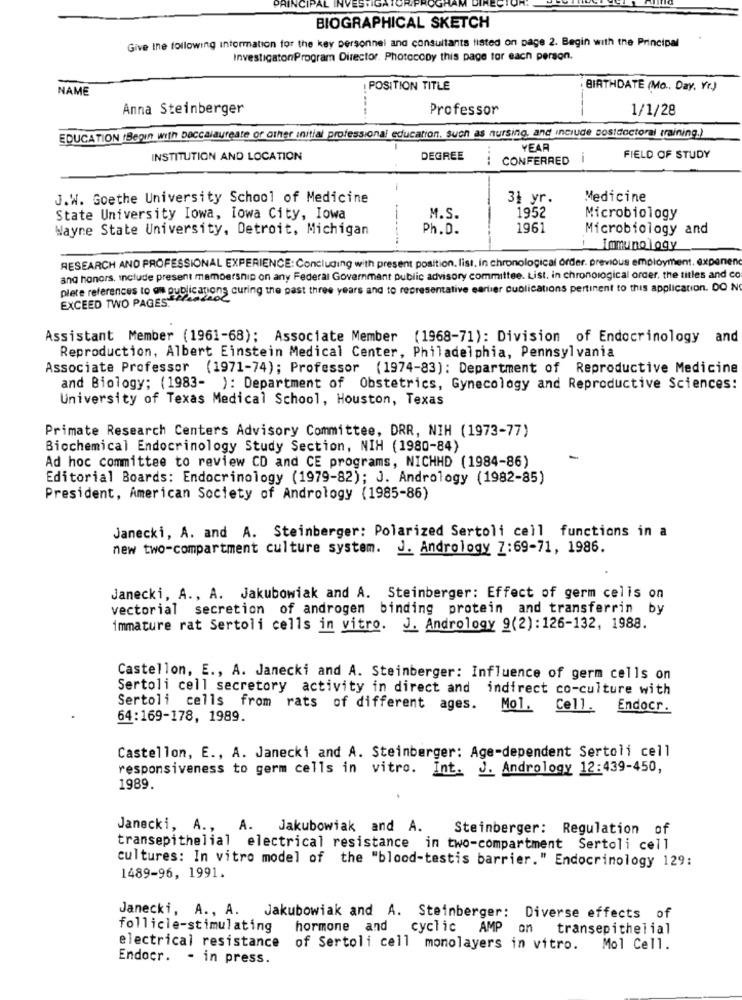
PRINCIPAL INVESTIG
BIOGRAPHICAL SKETCH
Give the following information for the key personnel and consultants listed on page 2. Begin with the Principal
InvestigationProgram Director. Photocopy this page for each person.
NAME
! POSITION TITLE
BIRTHDATE (Mo ., Day, Vr.)
Anna Steinberger
Professor
1/1/28
EDUCATION (Begin with baccalaureate or other initial professional education, such as nursing, and include postdoctoral training.)
YEAR
INSTITUTION AND LOCATION
DEGREE
CONFERRED
-
FIELD OF STUDY
J.W. Goethe University School of Medicine
31 yr.
Medicine
State University Iowa, Iowa City, Iowa
M.S.
1952
Microbiology
Wayne State University, Detroit, Michigan
Ph.D.
1961
Microbiology and
---.
: Immunology
RESEARCH AND PROFESSIONAL EXPERIENCE: Concluding with present position. list, in chronological order. previous employment. expenen
and honors, include present membership on any Federal Government public advisory committee. List. in chronological order, the titles and co
plete references to os publications curing the past three years and to representative earlier cuplications pertinent to this application. DO N
EXCEED TWO PAGES
Assistant Member (1961-68): Associate Member (1968-71): Division of Endocrinology and
Reproduction, Albert Einstein Medical Center, Philadelphia, Pennsylvania
Associate Professor (1971-74); Professor (1974-83): Department of Reproductive Medicine
and Biology; (1983- ): Department of Obstetrics, Gynecology and Reproductive Sciences:
University of Texas Medical School, Houston, Texas
Primate Research Centers Advisory Committee, DRR, NIH (1973-77)
Biochemical Endocrinology Study Section, NIH (1980-84)
Ad hoc committee to review CD and CE programs, NICHHD (1984-86)
Editorial Boards: Endocrinology (1979-82); J. Andrology (1982-85)
President, American Society of Andrology (1985-86)
Janecki, A. and A. Steinberger: Polarized Sertoli cell functions in a
new two-compartment culture system. J. Andrology 7:69-71, 1986.
Janecki, A ., A. Jakubowiak and A. Steinberger: Effect of germ celis on
vectorial secretion of androgen binding protein and transferrin by
immature rat Sertoli cells in vitro. J. Andrology 9(2):126-132, 1988.
Castellon, E ., A. Janecki and A. Steinberger: Influence of germ cells on
Sertoli cell secretory activity in direct and indirect co-culture with
Sertoli cells from rats of different ages. Mol. Cell.
Endocr.
64:169-178, 1989.
Castellon, E ., A. Janecki and A. Steinberger: Age-dependent Sertoli cell
responsiveness to germ cells in vitro. Int. J. Andrology 12:439-450,
1989.
Janecki, A ., A.
Jakubowiak and A.
Steinberger: Regulation of
transepithelial electrical resistance in two-compartment Sertoli cell
cultures: In vitro model of the "blood-testis barrier." Endocrinology 129:
1489-96, 1991.
Janecki, A ., A. Jakubowiak and A. Steinberger: Diverse effects of
follicle-stimulating
hormone and
cyclic AMP on
transepithelial
electrical resistance of Sertoli cell monolayers in vitro.
Mol Cell.
Endocr. - in press.